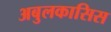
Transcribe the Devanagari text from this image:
अबुलकासिस